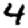
Digit: 4